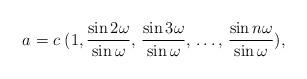
LaTeX: \begin{align*}a = c\; (1, \frac{\sin{2\omega}}{\sin{\omega}}, \, \frac{\sin{3\omega}}{\sin{\omega}}, \, \ldots, \, \frac{\sin{n\omega}}{\sin{\omega}}), \end{align*}